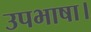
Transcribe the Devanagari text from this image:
उपभाषा।